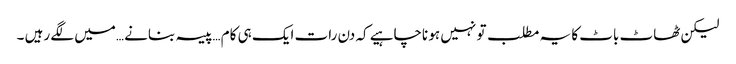
لیکن ٹھاٹ باٹ کا یہ مطلب تو نہیں ہو ناچاہیے کہ دن رات ایک ہی کام …پیسہ بنانے …میں لگے رہیں ۔